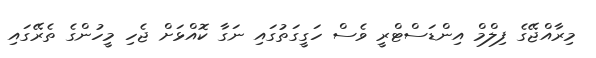
މިރާއްޖޭގެ ފިލްމް އިންޑަސްޓްރީ ވެސް ހަގީގަތުގައި ނަގާ ކޮއްޅަށް ޖެހި މީހުންގެ ތެރޭގައި